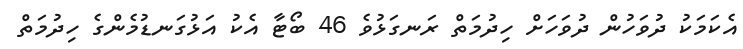
އެކަމަކު ދުވަހުން ދުވަހަށް ހިދުމަތް ރަނގަޅުވެ 46 ބޯޓާ އެކު އަޅުގަނޑުމެންގެ ހިދުމަތް